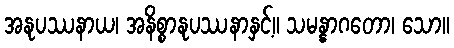
အနုပဿနာယ၊ အနိစ္စာနုပဿနာနှင့်။ သမန္နာဂတော၊ သော။